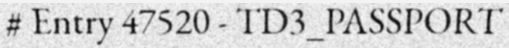
# Entry 47520 - TD3_PASSPORT